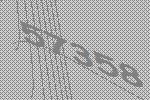
57358